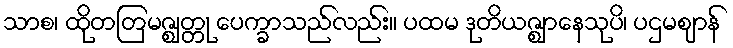
သာစ၊ ထိုတတြမဇ္ဈတ္တု ပေက္ခာသည်လည်း။ ပထမ ဒုတိယဇ္ဈာနေသုပိ၊ ပဌမဈာန်